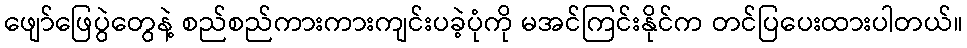
ဖျော်ဖြေပွဲတွေနဲ့ စည်စည်ကားကားကျင်းပခဲ့ပုံကို မအင်ကြင်းနိုင်က တင်ပြပေးထားပါတယ်။